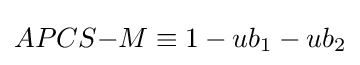
APCS{-}M\equiv 1-ub_{1}-ub_{2}